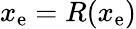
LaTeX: x_{\mathrm{e}}=R(x_{\mathrm{e}})